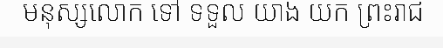
មនុស្សលោក ទៅ ទទួល យាង យក ព្រះរាជ